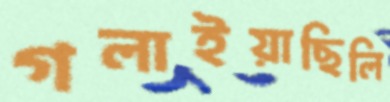
গলাইয়াছিলি